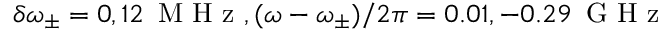
\delta \omega _ { \pm } = 0 , 1 2 \, \textrm { M H z } , ( \omega - \omega _ { \pm } ) / 2 \pi = 0 . 0 1 , - 0 . 2 9 \, \textrm { G H z }